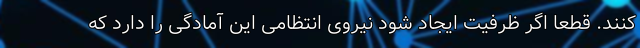
کنند. قطعا اگر ظرفیت ایجاد شود نیروی انتظامی این آمادگی را دارد که